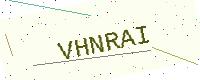
Text: VHNRAI